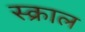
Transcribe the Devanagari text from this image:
स्क्राल